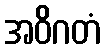
အဝိဂတံ